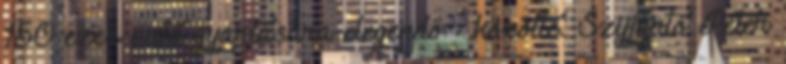
150 ezer autó gyártására elegendő - közölte. Szijjártó Péter